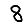
Digit: 8